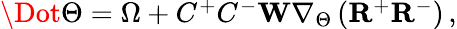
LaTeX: \begin{array}{r}{\Dot{\Theta}=\Omega+C^{+}C^{-}\mathbf{W}\nabla_{\Theta}\left(\mathbf{R}^{+}\mathbf{R}^{-}\right)\, ,}\end{array}